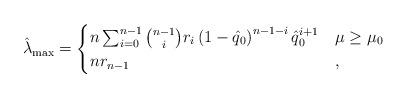
LaTeX: \begin{align*}\hat{\lambda}_{\max}=\begin{cases}n\sum_{i=0}^{n-1}\binom{n-1}{i} r_i \left(1-\hat{q}_0\right)^{n-1-i} \hat{q}_0^{i+1} & \mu\geq\mu_0 \\n r_{n-1} & ,\end{cases}\end{align*}